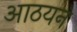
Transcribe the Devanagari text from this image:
आठयन